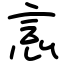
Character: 悥